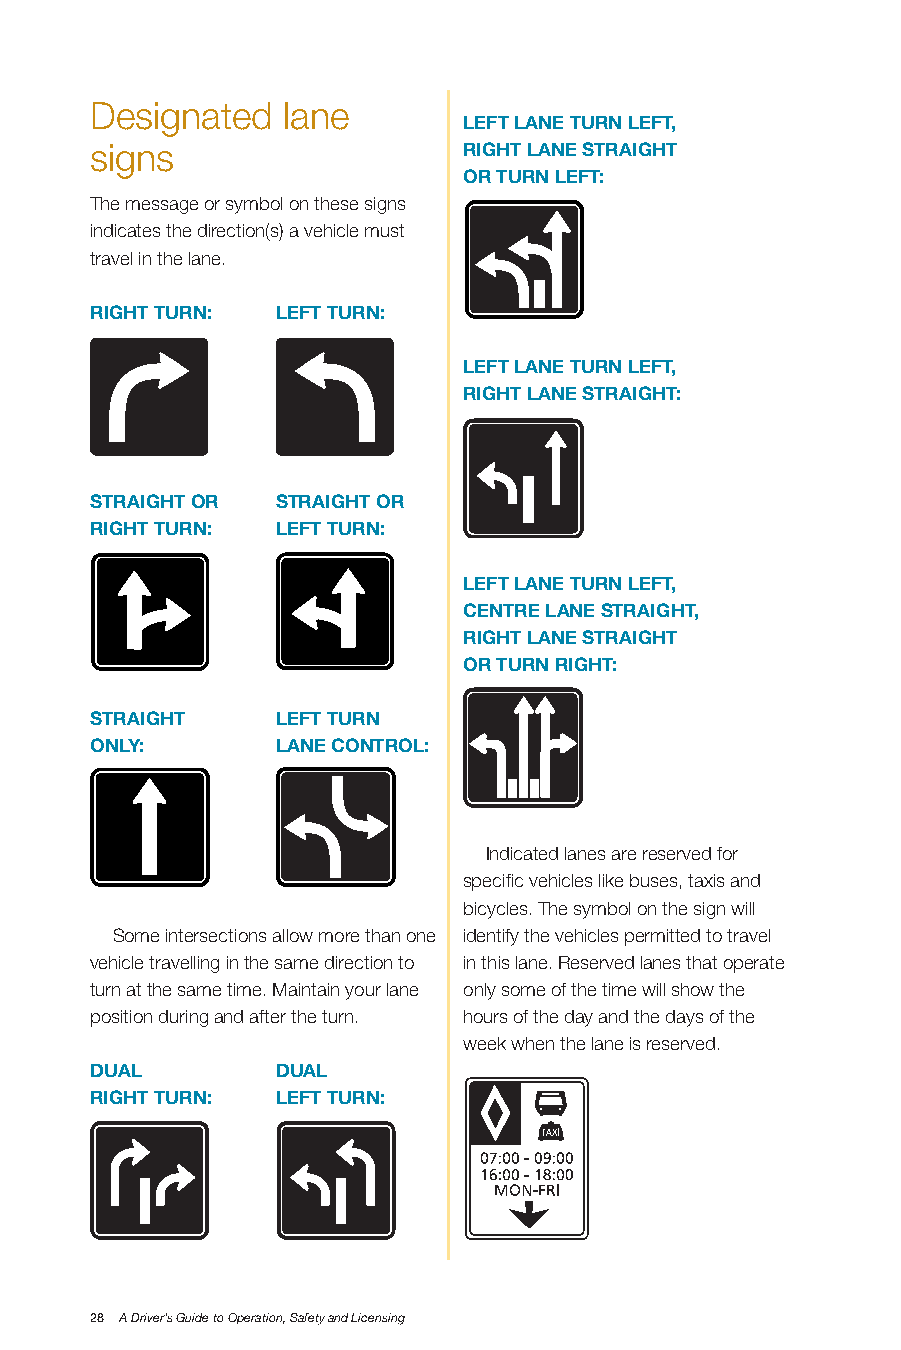
Designated   lane
 LEfT LAnE TURn LEfT,
 signs                    RIGHT LAnE STRAIGHT
 oR TURn LEfT:
 The message or symbol on these signs
 indicates the direction(s) a vehicle must
 travel in the lane.
 RIGHT TURn: LEfT TURn:
 LEfT LAnE TURn LEfT,
 RIGHT LAnE STRAIGHT:
 STRAIGHT oR STRAIGHT oR
 RIGHT TURn: LEfT TURn:
 LEfT LAnE TURn LEfT,
 CEnTRE LAnE STRAIGHT,
 RIGHT LAnE STRAIGHT
 oR TURn RIGHT:
 STRAIGHT    LEfT TURn
 onLy:       LAnE ConTRoL:
 Indicated lanes are reserved for
 specific vehicles like buses, taxis and
 bicycles. The symbol on the sign will
 Some intersections allow more than one identify the vehicles permitted to travel
 vehicle travelling in the same direction to in this lane. Reserved lanes that operate
 turn at the same time. Maintain your lane only some of the time will show the
 position during and after the turn. hours of the day and the days of the
 week when the lane is reserved.
 DUAL        DUAL
 RIGHT TURn: LEfT TURn:
 28 A Driver’s Guide to Operation, Safety and Licensing